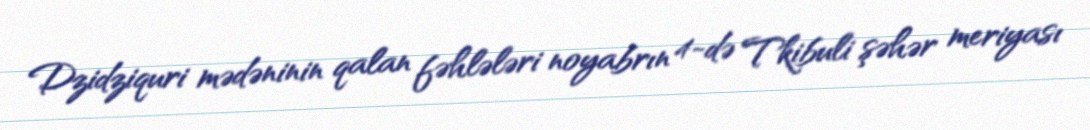
Dzidziquri mədəninin qalan fəhlələri noyabrın 4-də Tkibuli şəhər meriyası